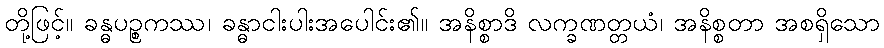
တို့ဖြင့်။ ခန္ဓပဉ္စကဿ၊ ခန္ဓာငါးပါးအပေါင်း၏။ အနိစ္စာဒိ လက္ခဏတ္တယံ၊ အနိစ္စတာ အစရှိသော